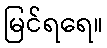
မြင်ရရေ။